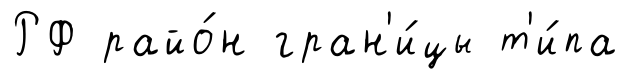
РФ райо́н гран'и́цы т'и́па